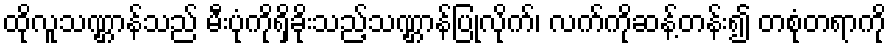
ထိုလူသဏ္ဌာန်သည် မီးပုံကိုရှိခိုးသည့်သဏ္ဌာန်ပြုလိုက်၊ လက်ကိုဆန့်တန်း၍ တစုံတရာကို